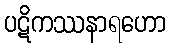
ပဋိကဿနာရဟော